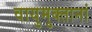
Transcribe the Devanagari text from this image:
वायुमुक्तानां